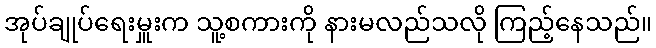
အုပ်ချုပ်ရေးမှူးက သူ့စကားကို နားမလည်သလို ကြည့်နေသည်။